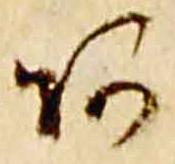
阿